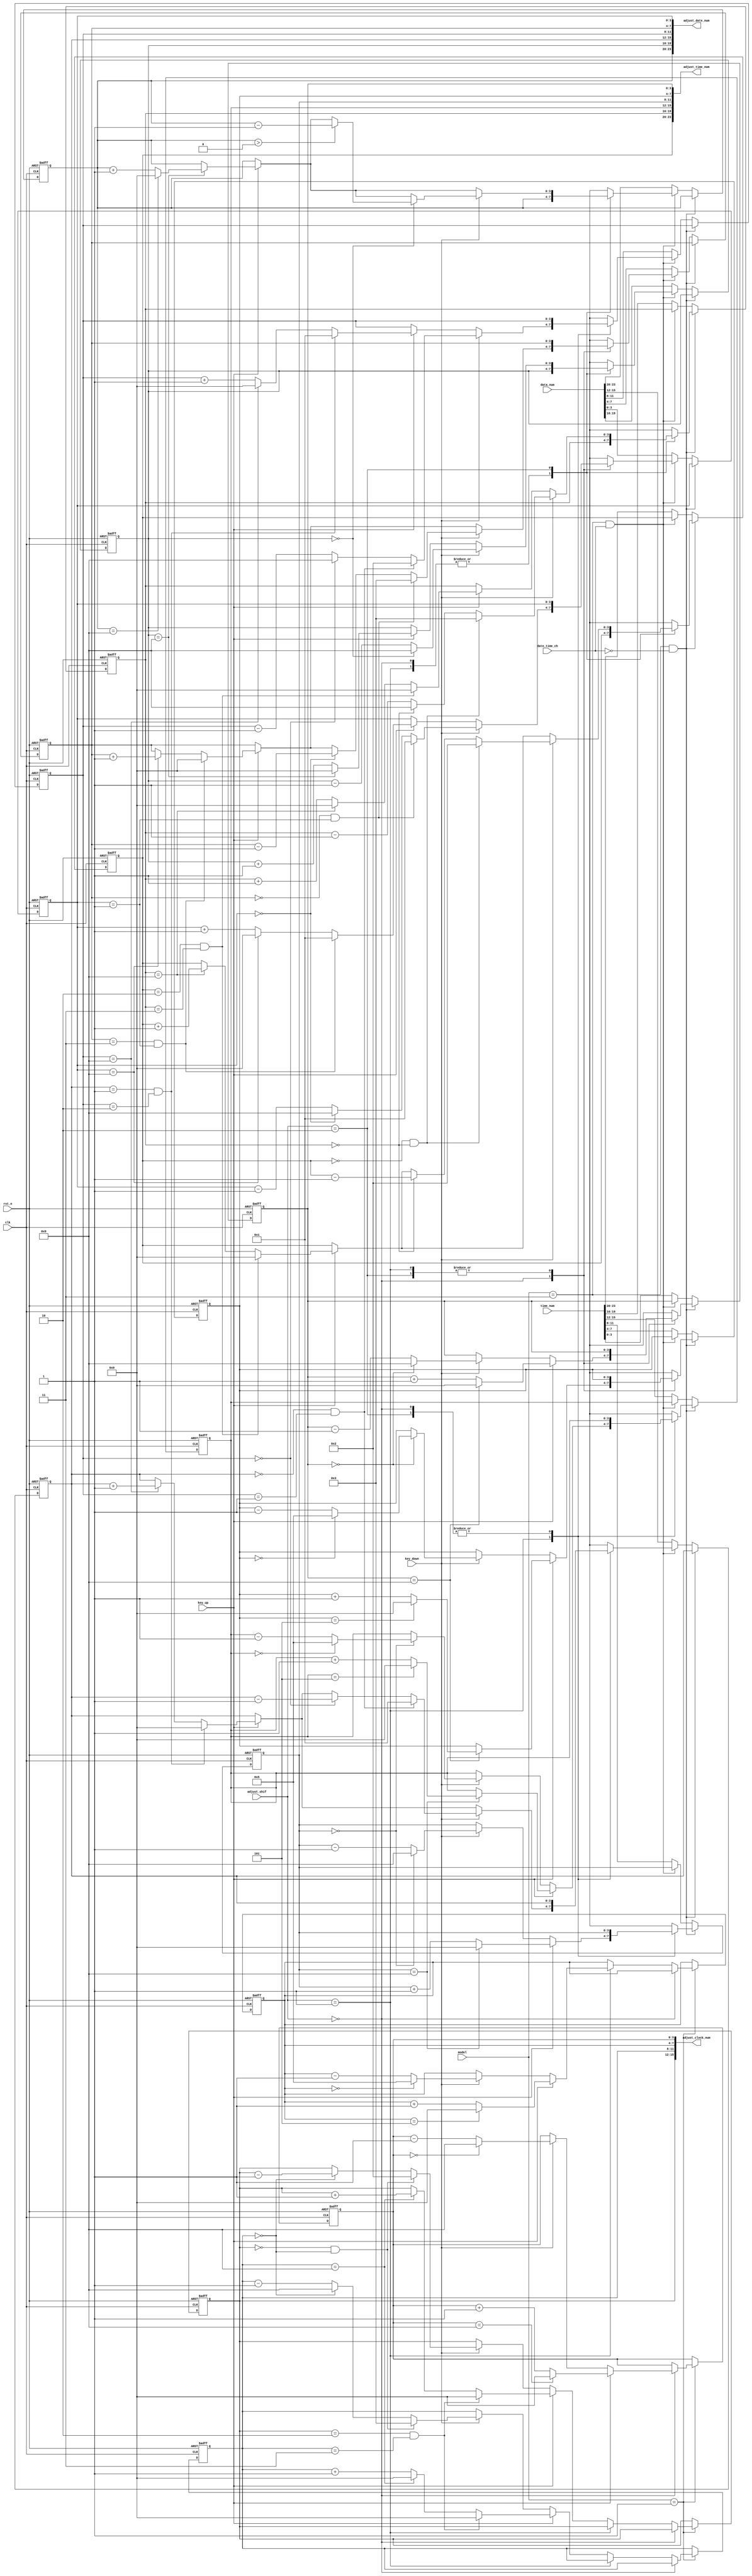
module adjust_module(
    input clk,
    input rst_n,    
  
    input [1:0] model,            //011011   
	input date_time_ch,
    input [1:0] adjust_shif,  //
    input key_up,                 //+
    input key_down,               //-    
    input [23:0] time_num,
    input [23:0] data_num,

    output [23:0] adjust_time_num,
    output [23:0] adjust_date_num,
    output [15:0] adjust_clock_num    
);
//----------------------------  -------------------------------------------------------------------------------------------     
    reg [3:0] clock_min0;
    reg [3:0] clock_min1;
    
    reg [3:0] clock_hour0;
    reg [3:0] clock_hour1;
//-----------------------------  ------------------------------------------------------------------------------------------------
    always@(posedge clk, negedge rst_n) begin
        if(!rst_n) begin
            clock_min0  <= 4'd0;
            clock_min1  <= 4'd0;            
            clock_hour0 <= 4'd0;
            clock_hour1 <= 4'd0;
        end
        else if(model == 2'b01) begin  //,           
		  if(adjust_shif == 2'b00) begin  //                
		      if(key_up) begin
                    clock_min0 <= clock_min0 + 1'b1;
                    if(clock_min0 == 4'd9)
                        clock_min0 <= 4'd0;
                end 
                else if(key_down) begin
                    clock_min0 <= clock_min0 - 1'b1;
                    if(clock_min0 == 4'd0)
                        clock_min0 <= 4'd9;
                end 
            end 
            else if(adjust_shif == 2'b01) begin  //               
				    if(key_up) begin
                    clock_min1 <= clock_min1 + 1'b1;
                    if(clock_min1 == 4'd5)
                        clock_min1 <= 4'd0;
                end 
                else if(key_down) begin
                    clock_min1 <= clock_min1 - 1'b1;
                    if(clock_min1 == 4'd0)
                        clock_min1 <= 4'd5;
                end             
            end 
            else begin  //
                if(key_up) begin
                    clock_hour0 <= clock_hour0 + 1'b1;
                    if(clock_hour0 == 4'd9) begin                    
                        clock_hour0 <= 4'd0;
                        clock_hour1 <= clock_hour1 + 1'b1;
                    end
                    if(clock_hour1 ==4'd2 && clock_hour0 == 4'd3) begin   
                        clock_hour1 <= 4'd0;
                        clock_hour0 <= 4'd0;                
                    end
                end 
                else if(key_down) begin
                    clock_hour0 <= clock_hour0 - 1'b1;
                    if(clock_hour0 == 4'd0) begin
                        clock_hour0 <= 4'd9;
                        clock_hour1 <= clock_hour1 - 1'b1;
                    end 
                    if(clock_hour1 ==4'd0 && clock_hour0 == 4'd0) begin   
                        clock_hour1 <= 4'd2;
                        clock_hour0 <= 4'd3;                
                    end
                end
            end
        end
    end 

    
//--------------------------  ------------------------------------------------------------------------------------------------   
    reg [3:0] adj_sec0;
    reg [3:0] adj_sec1;
    
    reg [3:0] adj_min0;
    reg [3:0] adj_min1;
    
    reg [3:0] adj_hour0;
    reg [3:0] adj_hour1;
 /*------------------------*/   
    reg [3:0] adj_day0;
    reg [3:0] adj_day1;
    
    reg [3:0] adj_month0;
    reg [3:0] adj_month1;
    
    reg [3:0] adj_year0;
    reg [3:0] adj_year1;

//----------------------------- --------------------------------------------------------------------------------------------------------
    always@(posedge clk, negedge rst_n) begin
        if(!rst_n) begin
            adj_sec0   <= 4'd9;
            adj_sec1   <= 4'd4;    
            adj_min0   <= 4'd6;
            adj_min1   <= 4'd5;            
            adj_hour0  <= 4'd3;
            adj_hour1  <= 4'd2;  
            adj_day0   <= 4'd8;
            adj_day1   <= 4'd0;    
            adj_month0 <= 4'd6;
            adj_month1 <= 4'd0;            
            adj_year0  <= 4'd0;
            adj_year1  <= 4'd2; 
        end         
        else if((model == 2'b11) && !date_time_ch)begin
            case(adjust_shif)  // 
                2'b00: begin //                   
					 if(key_up) begin
                        adj_sec0 <= adj_sec0 + 1'b1;
                        if(adj_sec0 == 4'd9) begin
                            adj_sec0 <= 4'd0;
                            adj_sec1 <= adj_sec1 + 1'b1;
                            if(adj_sec1 == 4'd5) begin
                                adj_sec1 <= 4'd0;
                            end 
                        end 
                    end 
                    else if(key_down) begin
                        adj_sec0 <= adj_sec0 - 1'b1;
                        if(adj_sec0 == 4'd0) begin
                            adj_sec0 <= 4'd9;
                            adj_sec1 <= adj_sec1- 1'b1;
                            if(adj_sec1 == 4'd0) begin
                                adj_sec1 <= 4'd5;
                            end 
                        end
                    end 
                end
                2'b01: begin //                    
					 if(key_up) begin
                        adj_min0 <= adj_min0 + 1'b1;
                        if(adj_min0 == 4'd9) begin
                            adj_min0 <= 4'd0;
                            adj_min1 <= adj_min1 + 1'b1;
                            if(adj_min1 == 4'd5) begin
                                adj_min1 <= 4'd0;
                            end 
                        end 
                    end
                    else if(key_down) begin
                        adj_min0 <= adj_min0 - 1'b1;
                        if(adj_min0 == 4'd0) begin
                            adj_min0 <= 4'd9;
                            adj_min1 <= adj_min1- 1'b1;
                            if(adj_min1 == 4'd0) begin
                                adj_min1 <= 4'd5;
                            end 
                        end
                    end
				end
                2'b10: begin //                    
                    if(key_up) begin
                        adj_hour0 <= adj_hour0 + 1'b1;
                        if(adj_hour0 == 4'd9) begin
                            adj_hour0 <= 4'd0;
                            adj_hour1 <= adj_hour1 + 1'b1;
                        end 
                        if(adj_hour1 ==4'd2 && adj_hour0 == 4'd3) begin   
                            adj_hour1 <= 4'd0;
                            adj_hour0 <= 4'd0;                
                        end
                    end
                    if(key_down) begin
                        adj_hour0 <= adj_hour0 - 1'b1;
                        if(adj_hour0 == 4'd0) begin
                            adj_hour0 <= 4'd9;
                            adj_hour1 <= adj_hour1 - 1'b1;
                        end 
                        if(adj_hour1 ==4'd0 && adj_hour0 == 4'd0) begin   
                            adj_hour1 <= 4'd2;
                            adj_hour0 <= 4'd3;                
                        end
                    end
				end
                default: begin
                    adj_sec0   <= 4'dx;
                    adj_sec1   <= 4'dx;    
                    adj_min0   <= 4'dx;
                    adj_min1   <= 4'dx;            
                    adj_hour0  <= 4'dx;
                    adj_hour1  <= 4'dx;   
                end                                 
            endcase 
        end 
        else if((model == 2'b11) && date_time_ch) begin
            case(adjust_shif)  // 
                2'b00:  begin//                    
                    if(key_up) begin
                        adj_day0 <= adj_day0 + 1'b1;
                        if(adj_day0 == 4'd9) begin
                            adj_day0 <= 4'd0;
                            adj_day1 <= adj_day1 + 1'b1;                        
                        end 
                        if(adj_day1 == 4'd3 && adj_day0 == 4'd1) begin  //0-31
                            adj_day1 <= 4'd0; 
                            adj_day0 <= 4'd1;
                        end 
                    end 
                    if(key_down) begin
                        adj_day0 <= adj_day0 - 1'b1;
                        if(adj_day0 == 4'd0) begin
                            adj_day0 <= 4'd9;                           
                            adj_day1 <= adj_day1 - 1'b1;
                        end 
                        if(adj_day1 == 4'd0 && adj_day0 == 4'd1) begin   //131
                            adj_day1 <= 4'd3;
                            adj_day0 <= 4'd1;
                        end
                    end
				end
                2'b01: begin //                   
					     if(key_up) begin
                        adj_month0 <= adj_month0 + 1'b1;
                        if(adj_month0 == 4'd9) begin
                            adj_month0 <= 4'd0;
                            adj_month1 <= adj_month1 + 1'b1;                            
                        end 
                        if(adj_month1 == 4'd1 && adj_month0 == 4'd2) begin     //
                            adj_month1 <= 4'd0;
                            adj_month0 <= 4'd1;
                        end 
                    end
                    if(key_down) begin
                        adj_month0 <= adj_month0 - 1'b1;
                        if(adj_month0 == 4'd0) begin
                            adj_month0 <= 4'd9;
                            adj_month1 <= adj_month1 - 1'b1;
                        end 
                        if(adj_month1 == 4'd0 && adj_month0 == 4'd1) begin    //
                            adj_month1 <= 4'd1;
                            adj_month0 <= 4'd2;
                        end
                    end
					 end
                2'b10: begin  //                    
					     if(key_up) begin
                        adj_year0 <= adj_year0 + 1'b1;
                        if(adj_year0 == 4'd9) begin
                            adj_year0 <= 4'd0;
                            adj_year1 <= adj_year1 + 1'b1; 
                            if(adj_year1 == 4'd9) begin
                                adj_year1 <= 4'd0;
                            end                            
                        end                         
                    end
                    if(key_down) begin
                        adj_year0 <= adj_year0 - 1'b1;
                        if(adj_year0 == 4'd0) begin
                            adj_year0 <= 4'd9;
                            if(adj_year1 > 4'd0)
                                adj_year1 <= adj_year1 - 1'b1;
                        end 
                    end
					 end
                default: begin
                    adj_day0   <= 4'hx;  //
                    adj_day1   <= 4'hx;    
                    adj_month0 <= 4'dx;
                    adj_month1 <= 4'dx;            
                    adj_year0  <= 4'dx;
                    adj_year1  <= 4'dx;  
                end                                 
            endcase 
        end 
        else begin
            {adj_hour1, adj_hour0, adj_min1, adj_min0, adj_sec1, adj_sec0}     <= time_num;    //
            {adj_year1, adj_year0, adj_month1, adj_month0, adj_day1, adj_day0} <= data_num;   //
        end
    end 

//-------------------------------------------  ---------------------------------------------------------------------------------
    assign adjust_time_num  = {adj_hour1, adj_hour0, adj_min1, adj_min0, adj_sec1, adj_sec0};
    assign adjust_date_num  = {adj_year1, adj_year0, adj_month1, adj_month0, adj_day1, adj_day0};
    assign adjust_clock_num = {clock_hour1, clock_hour0, clock_min1, clock_min0};

endmodule